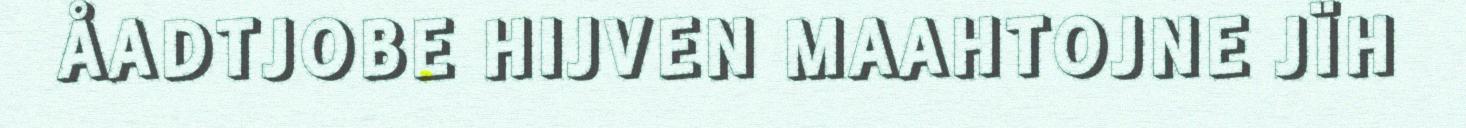
ÅADTJOBE HIJVEN MAAHTOJNE JÏH